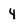
Character: 4